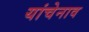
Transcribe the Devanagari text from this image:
यांचेनाव